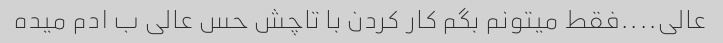
عالی....فقط میتونم بگم کار کردن با تاچش حس عالی ب ادم میده